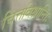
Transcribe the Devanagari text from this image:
चित्तविश्रान्तिः